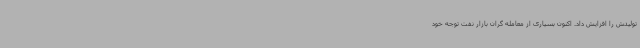
تولیدش را افزایش داد. اکنون بسیاری از معامله گران بازار نفت توجه خود